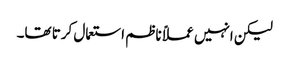
لیکن انہیں عملاً ناظم استعمال کرتا تھا۔